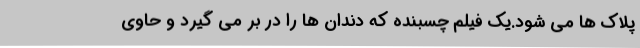
پلاک ها می شود.یک فیلم چسبنده که دندان ها را در بر می گیرد و حاوی